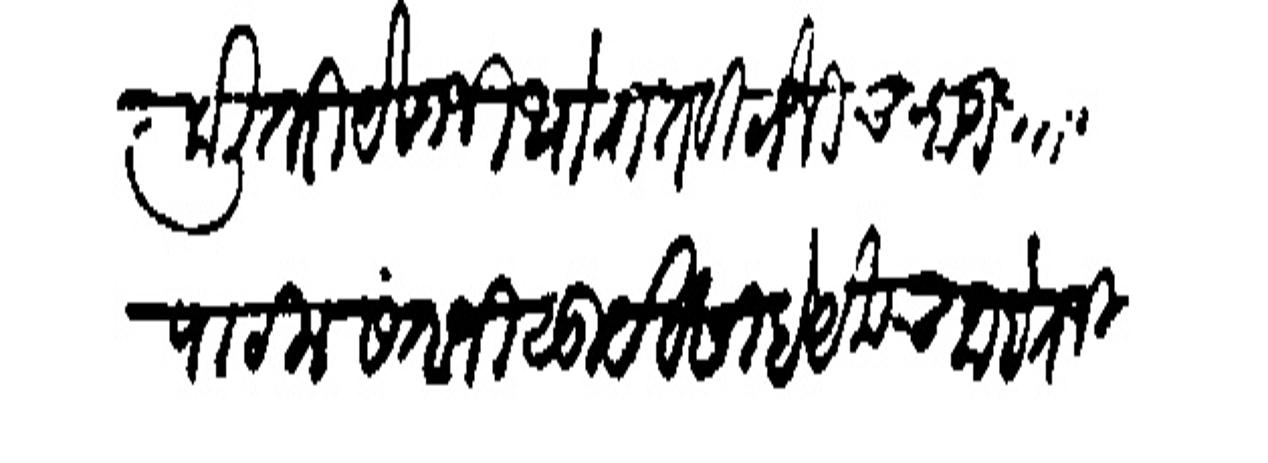
Transliteration (Devanagari): केली तरी येसाजी थोरात विठोजी चव्हाण भोजजी पाटील संताजी सूर्यबंसी हे येकच आहेत जितकी